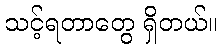
သင့်ရတာတွေ ရှိတယ်။